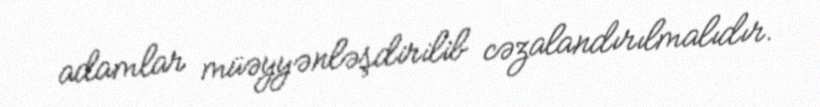
adamlar müəyyənləşdirilib cəzalandırılmalıdır.